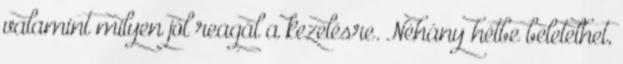
valamint milyen jól reagál a kezelésre. Néhány hétbe beletelhet,